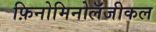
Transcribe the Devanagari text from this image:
फ़िनोमिनोलॅजीकल